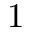
1